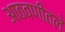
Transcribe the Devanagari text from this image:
आठवणीतले